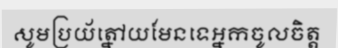
សូមប្រយ័ត្នៅយមែនទេអ្នកចូលចិត្ត